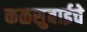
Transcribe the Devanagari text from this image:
कळसुबाईचे